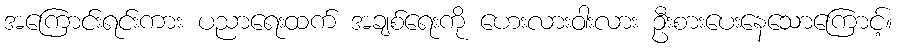
အကြောင်းရင်းကား ပညာရေးထက် အချစ်ရေးကို ဟေးလားဝါးလား ဦးစားပေးနေသောကြောင့်။